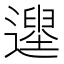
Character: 𨗭